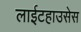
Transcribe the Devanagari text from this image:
लाईटहाउसेस